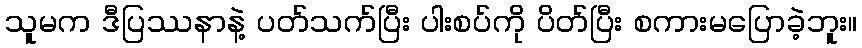
သူမက ဒီပြဿနာနဲ့ ပတ်သက်ပြီး ပါးစပ်ကို ပိတ်ပြီး စကားမပြောခဲ့ဘူး။